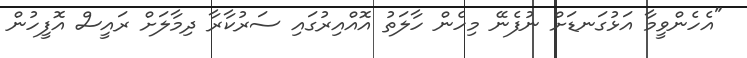
"އެހެންވީމާ އަޅުގަނޑަށް ނުފެނޭ މިހެން ހާލަތު އޮއްއިރުގައި ސަރުކާރާ ދިމާލަށް ރައީސް އޮފީހުން